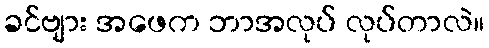
ခင်ဗျား အဖေက ဘာအလုပ် လုပ်တာလဲ။